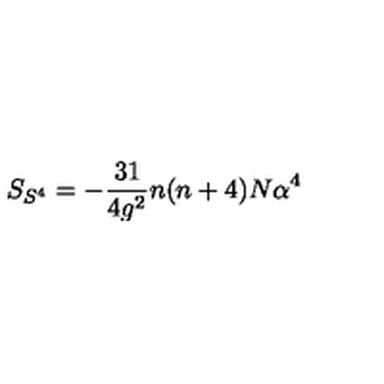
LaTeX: S _ { S ^ { 4 } } = - \frac { 3 1 } { 4 g ^ { 2 } } n ( n + 4 ) N \alpha ^ { 4 }